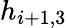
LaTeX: h_{i+1,3}